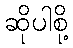
ဆိုပါစို့